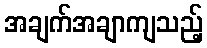
အချက်အချာကျသည့်